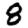
Digit: 8